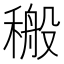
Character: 𮃝